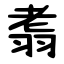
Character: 䎝